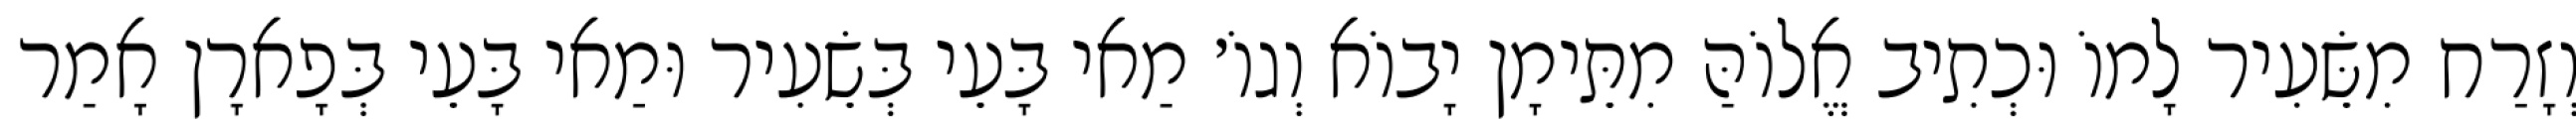
וְזָרַח מִשֵּׂעִיר לָמוֹ וּכְתִיב אֱלוֹהַּ מִתֵּימָן יָבוֹא וְגוֹ׳ מַאי בָּעֵי בְּשֵׂעִיר וּמַאי בָּעֵי בְּפָארָן אָמַר